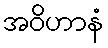
အဝိဟာနံ